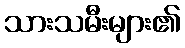
သားသမီးများ၏